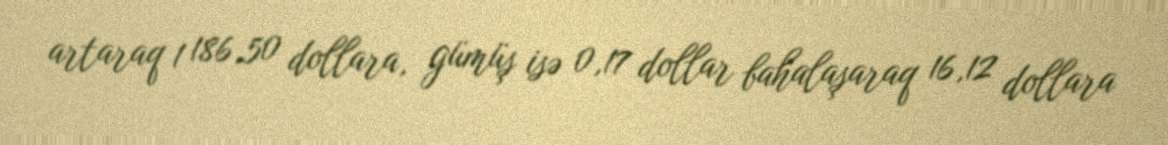
artaraq 1 186,50 dollara, gümüş isə 0,17 dollar bahalaşaraq 16,12 dollara